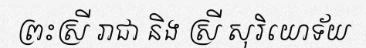
ព្រះស្រី រាជា និង ស្រី សុរិយោទ័យ